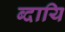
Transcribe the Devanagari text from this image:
ब्दायि